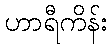
ဟာရီကိန်း